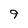
Character: 9